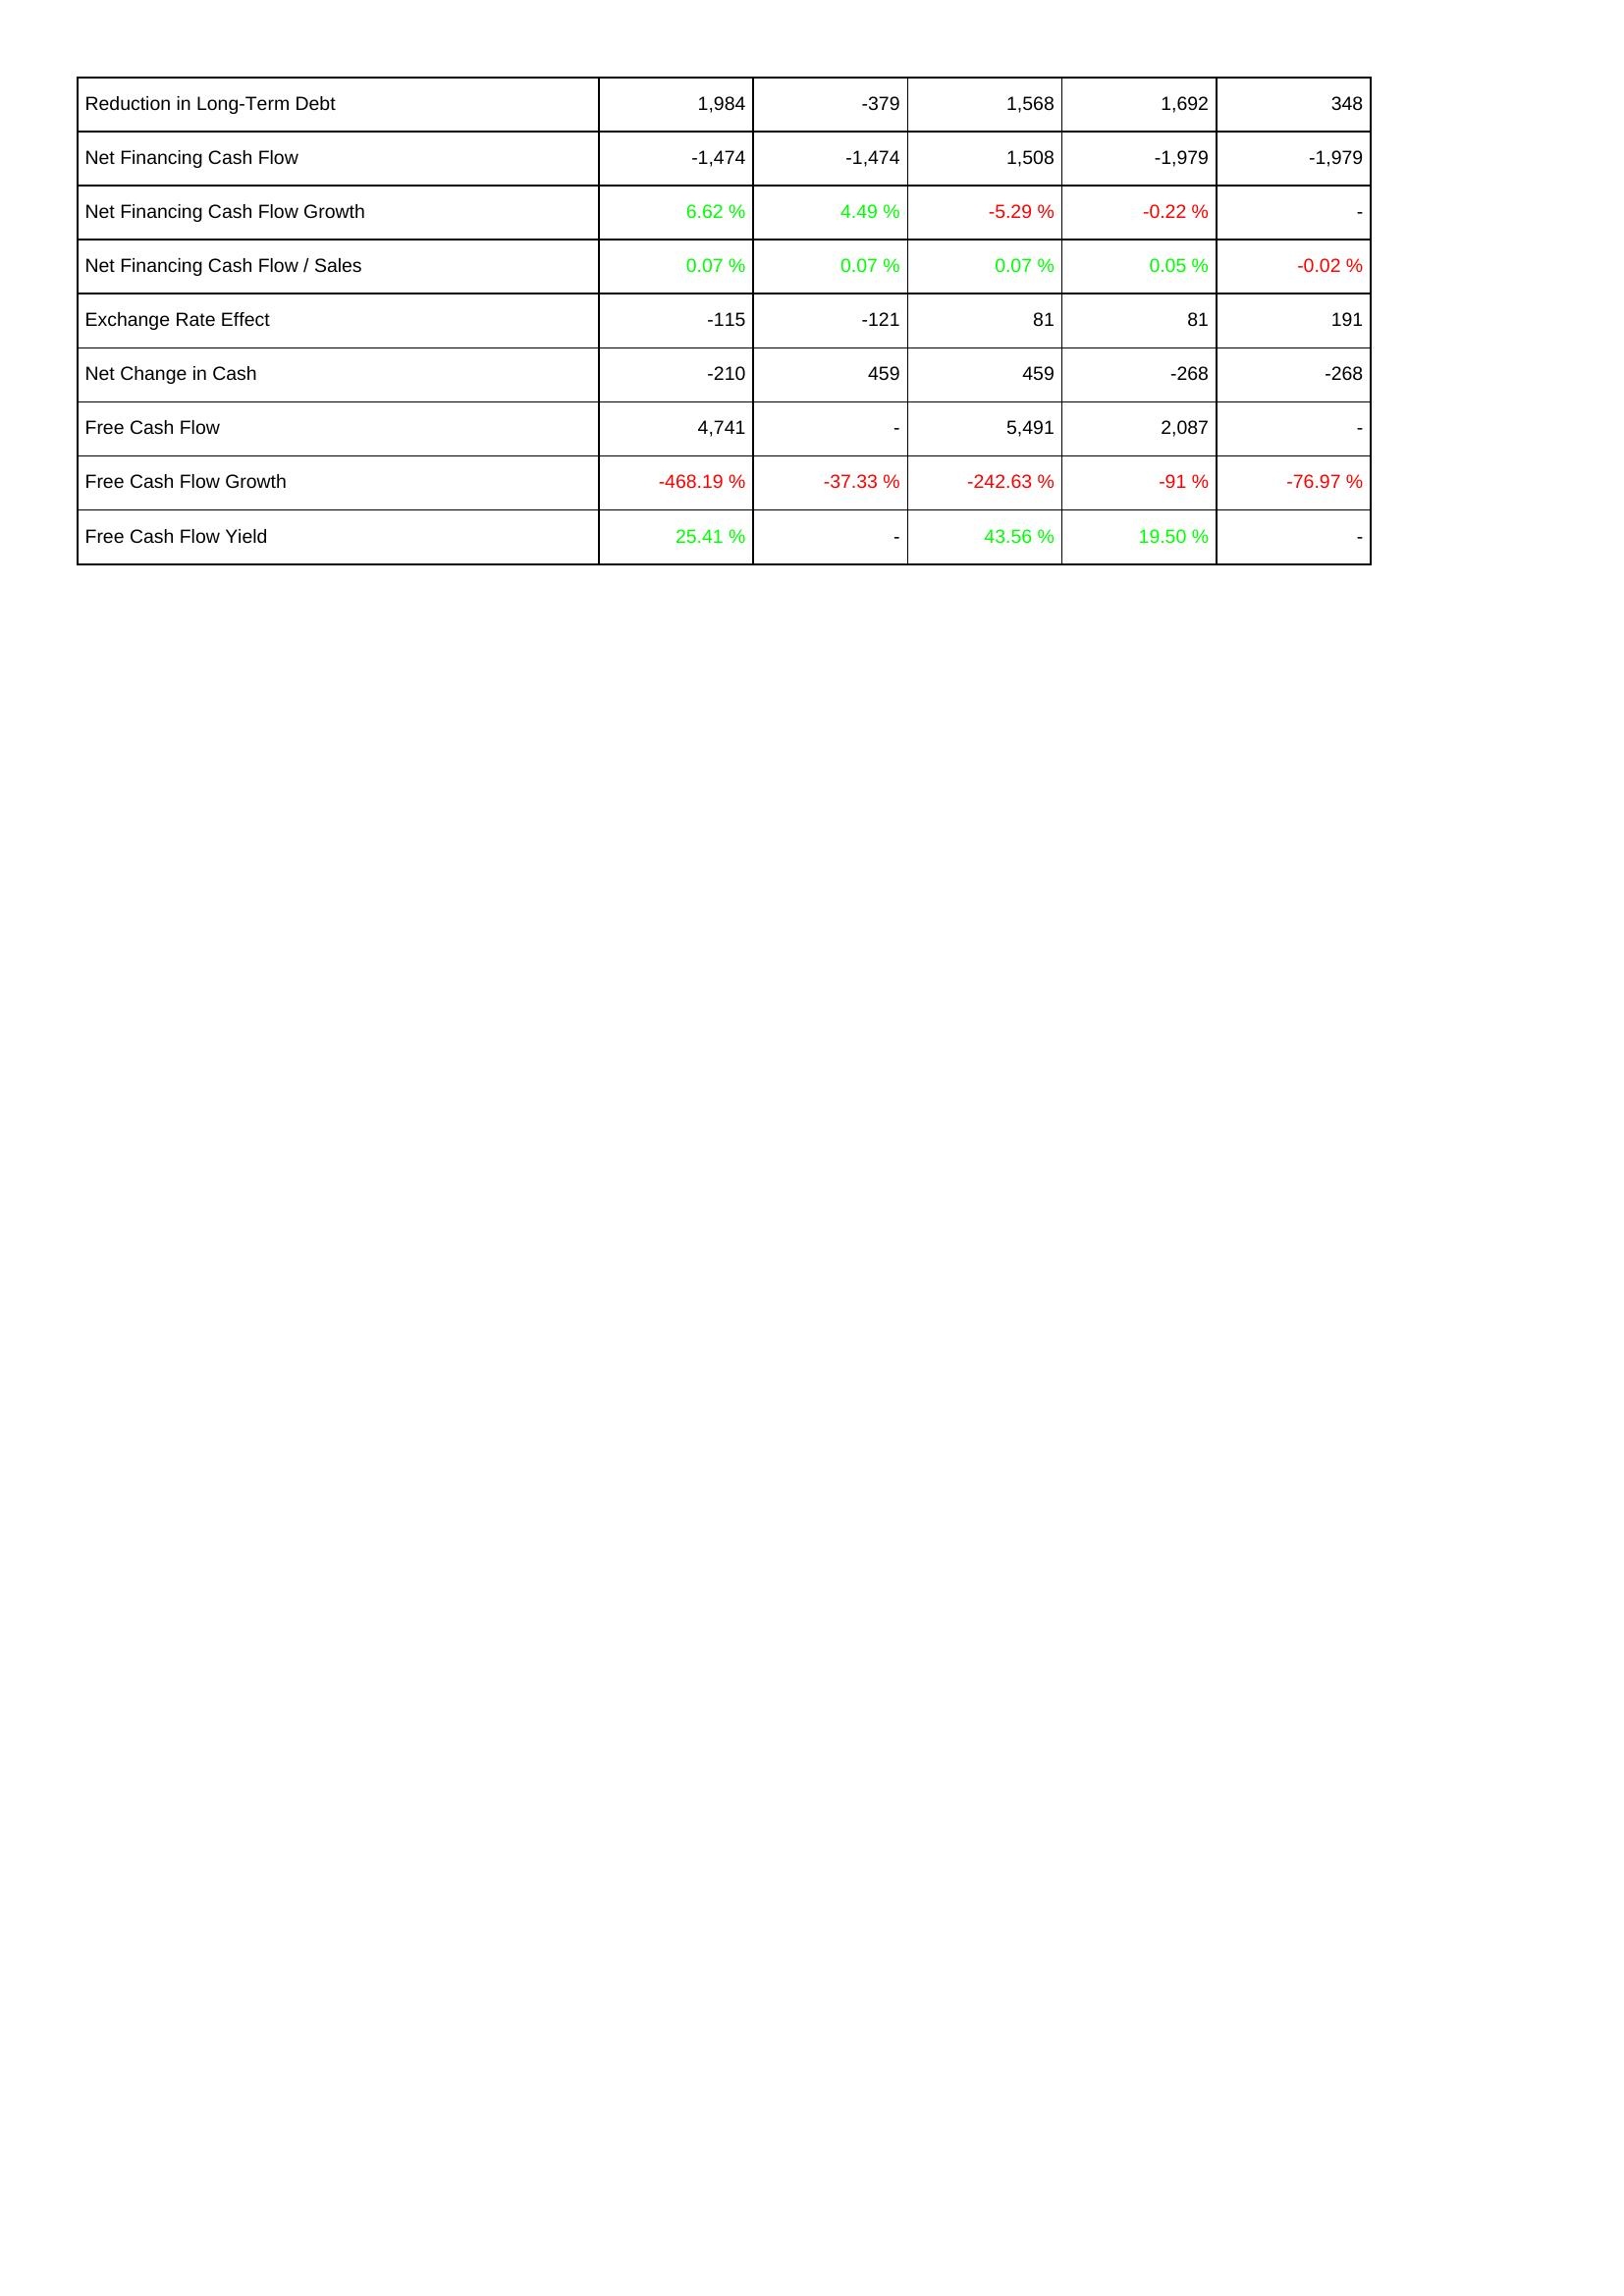
2022: Financing Activities: Reduction in Long-Term Debt: 1,984
Net Financing Cash Flow: -1,474
Net Financing Cash Flow Growth: 6.62 %
Net Financing Cash Flow / Sales: 0.07 %
Exchange Rate Effect: -115
Net Change in Cash: -210
Free Cash Flow: 4,741
Free Cash Flow Growth: -468.19 %
Free Cash Flow Yield: 25.41 %
2021: Financing Activities: Reduction in Long-Term Debt: -379
Net Financing Cash Flow: -1,474
Net Financing Cash Flow Growth: 4.49 %
Net Financing Cash Flow / Sales: 0.07 %
Exchange Rate Effect: -121
Net Change in Cash: 459
Free Cash Flow: -
Free Cash Flow Growth: -37.33 %
Free Cash Flow Yield: -
2020: Financing Activities: Reduction in Long-Term Debt: 1,568
Net Financing Cash Flow: 1,508
Net Financing Cash Flow Growth: -5.29 %
Net Financing Cash Flow / Sales: 0.07 %
Exchange Rate Effect: 81
Net Change in Cash: 459
Free Cash Flow: 5,491
Free Cash Flow Growth: -242.63 %
Free Cash Flow Yield: 43.56 %
2019: Financing Activities: Reduction in Long-Term Debt: 1,692
Net Financing Cash Flow: -1,979
Net Financing Cash Flow Growth: -0.22 %
Net Financing Cash Flow / Sales: 0.05 %
Exchange Rate Effect: 81
Net Change in Cash: -268
Free Cash Flow: 2,087
Free Cash Flow Growth: -91 %
Free Cash Flow Yield: 19.50 %
2018: Financing Activities: Reduction in Long-Term Debt: 348
Net Financing Cash Flow: -1,979
Net Financing Cash Flow Growth: -
Net Financing Cash Flow / Sales: -0.02 %
Exchange Rate Effect: 191
Net Change in Cash: -268
Free Cash Flow: -
Free Cash Flow Growth: -76.97 %
Free Cash Flow Yield: -